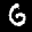
Label: 6